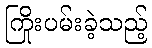
ကြိုးပမ်းခဲ့သည့်